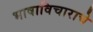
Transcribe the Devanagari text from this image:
भाषाविचाराचे